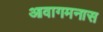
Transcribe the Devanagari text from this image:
आवागमनास